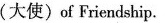
(大使)of Friendship.